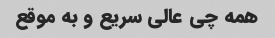
همه چی عالی سریع و به موقع